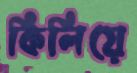
কিলিয়ে